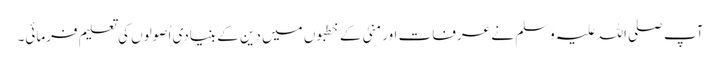
آپ صلی اللہ علیہ وَسلم نے عرفات اور منیٰ کے خطبوں میں دین کے بنیادی اُصولوں کی تعلیم فرمائی۔